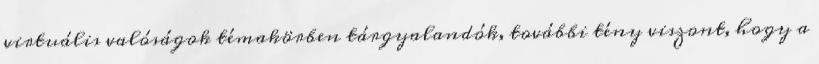
virtuális valóságok témakörben tárgyalandók, további tény viszont, hogy a